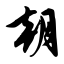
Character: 朝